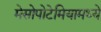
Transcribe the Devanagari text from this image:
मेसोपोटेमियामध्ये